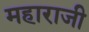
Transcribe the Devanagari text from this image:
महाराजी